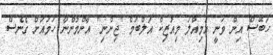
ހަބޭސް އިން ވަނީ އަމިއްލަ މިއުޒިކް އަލްބަމް "ޖިންނި" އާންމުންނާ ހަމައަށް ގެނެސް